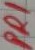
Text: PRI